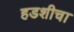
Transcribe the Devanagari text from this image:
हडशीचा